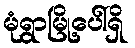
မုံရွာမြို့ပေါ်ရှိ